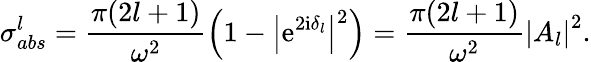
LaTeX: \sigma_{abs}^{l}=\frac{\pi(2l+1)}{\omega^{2}}\left(1-\left|\mathrm{e}^{2\mathrm{i}\delta_{l}}\right|^{2}\right)=\frac{\pi(2l+1)}{\omega^{2}}\left|A_{l}\right|^{2}.